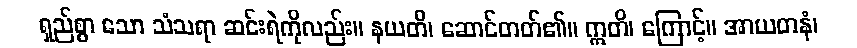
ရှည်စွာ သော သံသရာ ဆင်းရဲကိုလည်း။ နယတိ၊ ဆောင်တတ်၏။ ဣတိ၊ ကြောင့်။ အာယတနံ၊